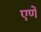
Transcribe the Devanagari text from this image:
एणें